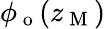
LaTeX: \phi_{\mathrm{~o~}}(z_{\mathrm{~M~}})